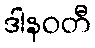
ဒါနဝတီ